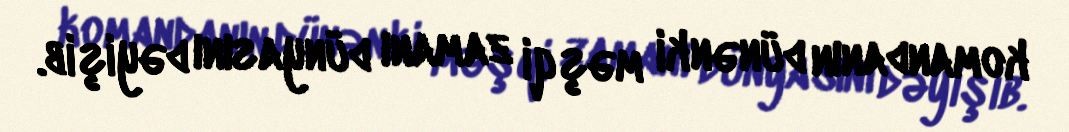
komandanın dünənki məşqi zamanı dünyasını dəyişib.